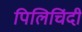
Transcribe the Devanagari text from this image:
पिलिचिंदी